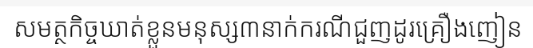
សមត្ថកិច្ចឃាត់ខ្លួនមនុស្ស៣នាក់ករណីជួញដូរគ្រឿងញៀន